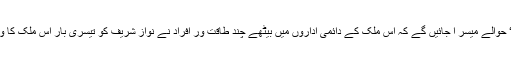
عمران مخالف کیمپ کو بلکہ یہ ’’ثابت ‘‘ کرنے کے ’’ٹھوس‘‘ حوالے میسر آ جائیں گے کہ اس ملک کے دائمی اداروں میں بیٹھے چند طاقت ور افراد نے نواز شریف کو تیسری بار اس ملک کا وزیر اعظم منتخب ہو جانا شروع دن سے قبول ہی نہیں کیا تھا۔